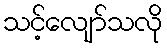
သင့်လျော်သလို